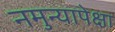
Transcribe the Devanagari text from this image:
नमुन्यापेक्षा